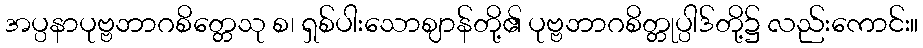
အပ္ပနာပုဗ္ဗဘာဂစိတ္တေသု စ၊ ရှစ်ပါးသောဈာန်တို့၏ ပုဗ္ဗဘာဂစိတ္တုပ္ပါဒ်တို့၌ လည်းကောင်း။